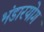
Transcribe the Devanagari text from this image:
भंडारयोग